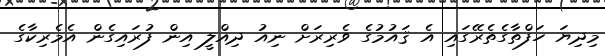
މިދިޔަ ހަފްތާގެތެރޭގައި އެ ޤައުމުގެ ވެރިރަށް ނިއު ދިއްލީ އިން ފުރައިގެން އެމެރިކާގެ